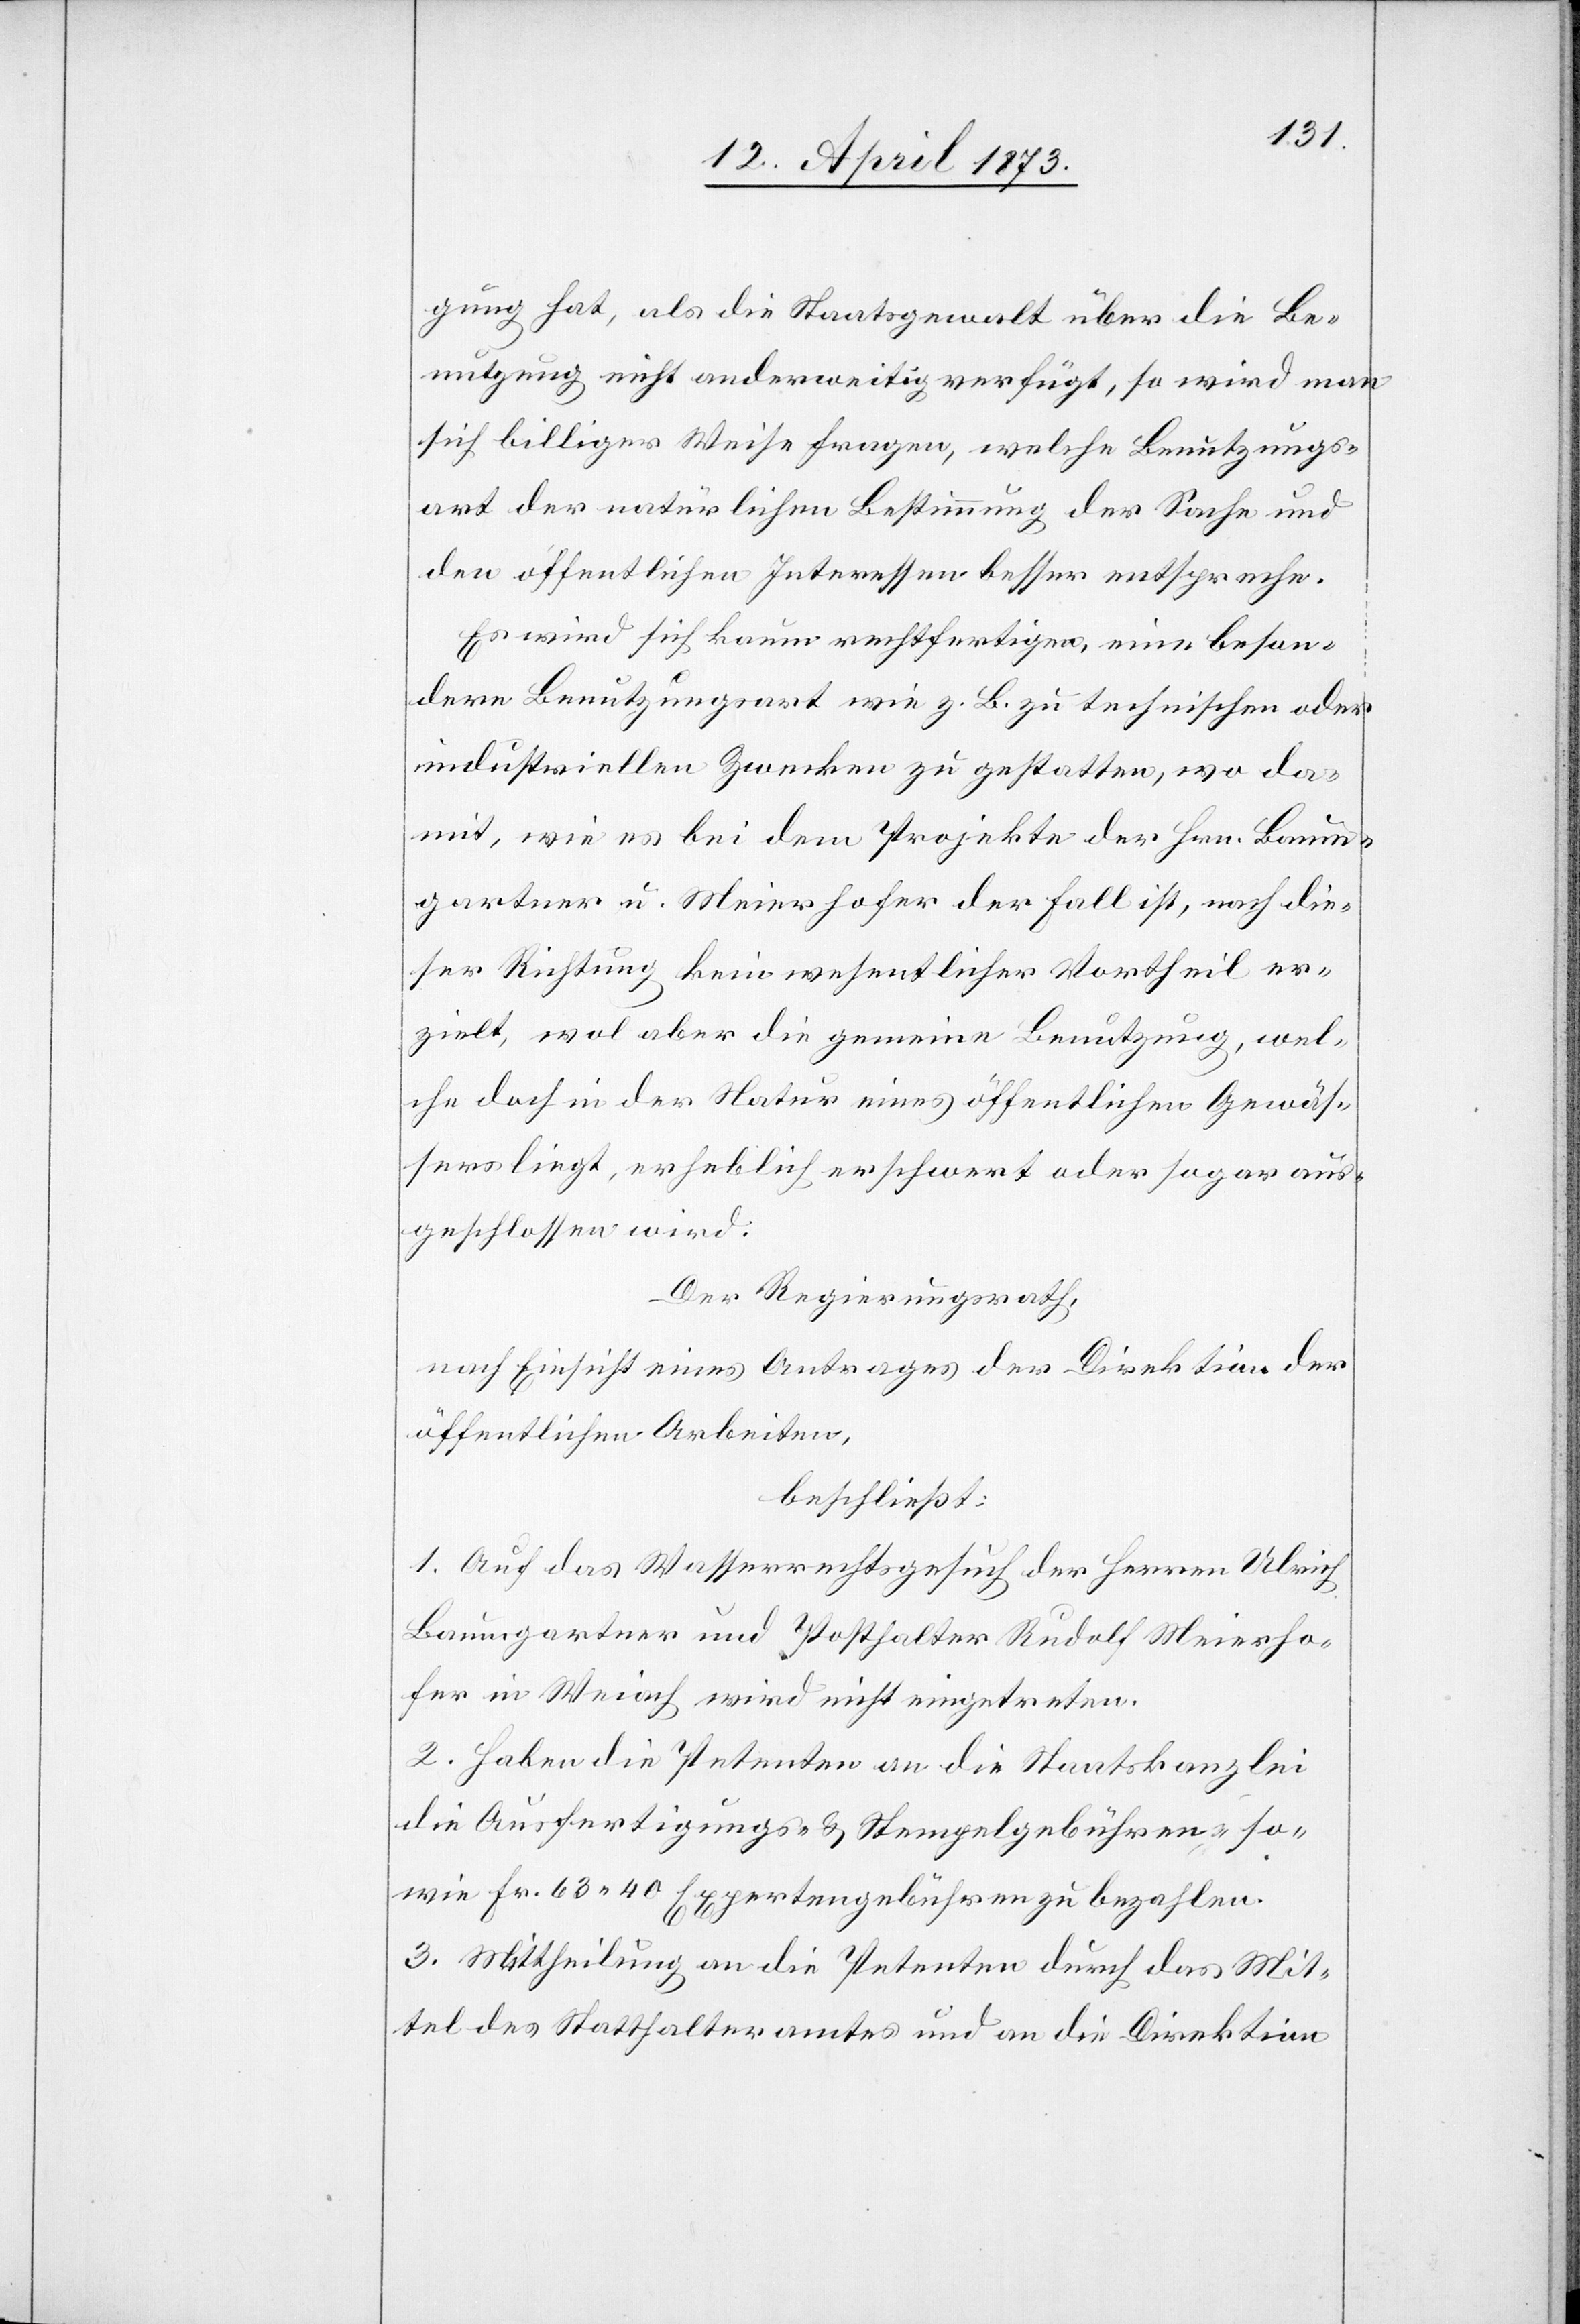
gung hat, als die Staatsgewalt über die Be¬
nutzung nicht anderweitig verfügt, so wird man
sich billiger Weise fragen, welche Benutzungs¬
art der natürlichen Bestimmung der Sache und
den öffentlichen Interessen besser entspreche.
Es wird sich kaum rechtfertigen, eine beson¬
dere Benutzungsart wie z. B. zu technischen oder
industriellen Zwecken zu gestatten, wo da¬
mit, wie es bei dem Projekte der Hrn. Baum¬
gartner u. Meierhofer der Fall ist, nach die¬
ser Richtung kein wesentlicher Vortheil er¬
zielt, wol aber die gemeine Benutzung, wel¬
che doch in der Natur eines öffentlichen Gewäs¬
sers liegt, erheblich erschwert oder sogar aus¬
geschlossen wird.
Der Regierungsrath,
nach Einsicht eines Antrages der Direktion der
öffentlichen Arbeiten,
beschließt:
1. Auf das Wasserrechtsgesuch der Herren Ulrich
Baumgartner und Posthalter Rudolf Meierho¬
fer in Weiach wird nicht eingetreten.
2. Haben die Petenten an die Staatskanzlei
die Ausfertigungs- & Stempelgebühren, so¬
wie Fr. 63 40 Expertengebühren zu bezahlen.
3. Mittheilung an die Petenten durch das Mit¬
tel des Statthalteramtes und an die Direktion